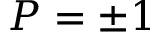
P = \pm 1